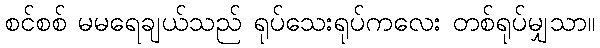
စင်စစ် မမရေချယ်သည် ရုပ်သေးရုပ်ကလေး တစ်ရုပ်မျှသာ။